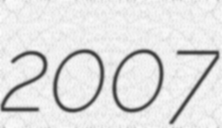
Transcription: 2007